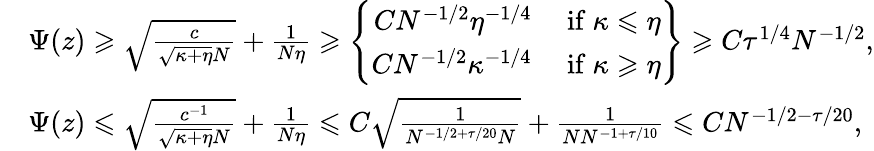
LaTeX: \begin{array}{rl}&{\Psi(z)\geqslant\sqrt{\frac{c}{\sqrt{\kappa+\eta}N}}+\frac{1}{N\eta}\geqslant\left\{ \begin{array}{rl}{CN^{-1/2}\eta^{-1/4}}&{\mathrm{~if~}\kappa\leqslant\eta}\\ {CN^{-1/2}\kappa^{-1/4}}&{\mathrm{~if~}\kappa\geqslant\eta}\end{array}\right\} \geqslant C\tau^{1/4}N^{-1/2},}\\ &{\Psi(z)\leqslant\sqrt{\frac{c^{-1}}{\sqrt{\kappa+\eta}N}}+\frac{1}{N\eta}\leqslant C\sqrt{\frac{1}{N^{-1/2+\tau/20}N}}+\frac{1}{NN^{-1+\tau/10}}\leqslant CN^{-1/2-\tau/20},}\end{array}